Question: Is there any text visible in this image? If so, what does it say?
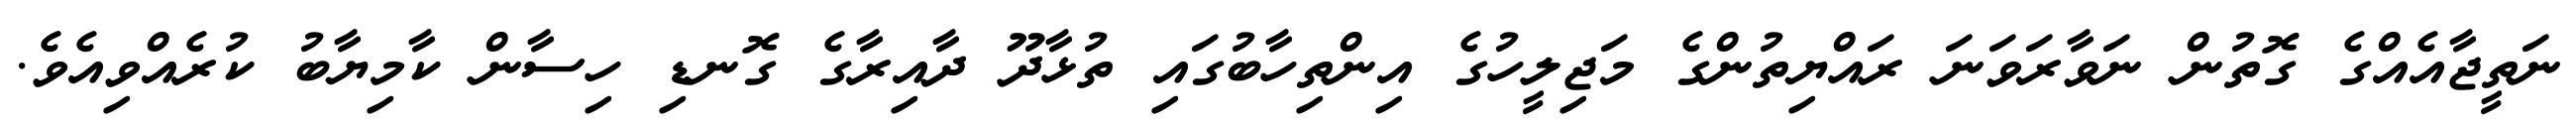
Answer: ނަތީޖާއެއްގެ ގޮތުން ނަވާރަވަނަ ރައްޔިތުންގެ މަޖިލީހުގެ އިންތިހާބުގައި ތުޅާދޫ ދާއިރާގެ ގޮނޑި ހިސާން ކާމިޔާބު ކުރެއްވިއެވެ.